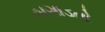
બગાડતો